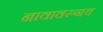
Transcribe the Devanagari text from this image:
नावावरुनच